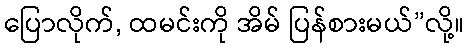
ပြောလိုက်, ထမင်းကို အိမ် ပြန်စားမယ်”လို့။